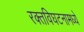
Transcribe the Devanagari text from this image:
रक्तविघटनामध्ये